Document type: Anniversary endowment
Year: 1486
Scribe: Bartomeu Masons
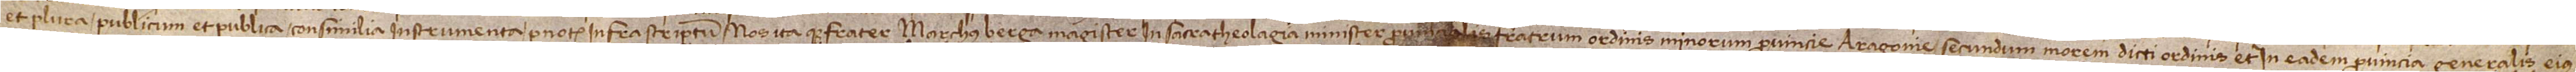
et plura publicum et publica consimilia instrumenta per notarium infrascriptum. Nos itaque frater Marchus Berga, magister in sacra theologia, minister provincialis fratrum ordinis minorum provincie Aragonie secundum morem dicti ordinis et in eadem provincia generalis eius-